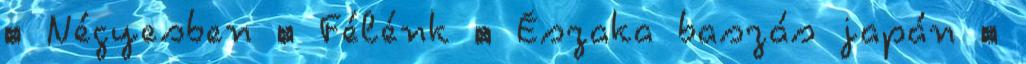
▪ Négyesben ▪ Félénk ▪ Északa baszás japán ▪